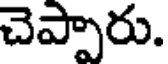
చెప్పారు.